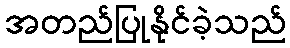
အတည်ပြုနိုင်ခဲ့သည်